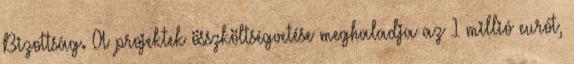
Bizottság. A projektek összköltségvetése meghaladja az 1 millió eurót,